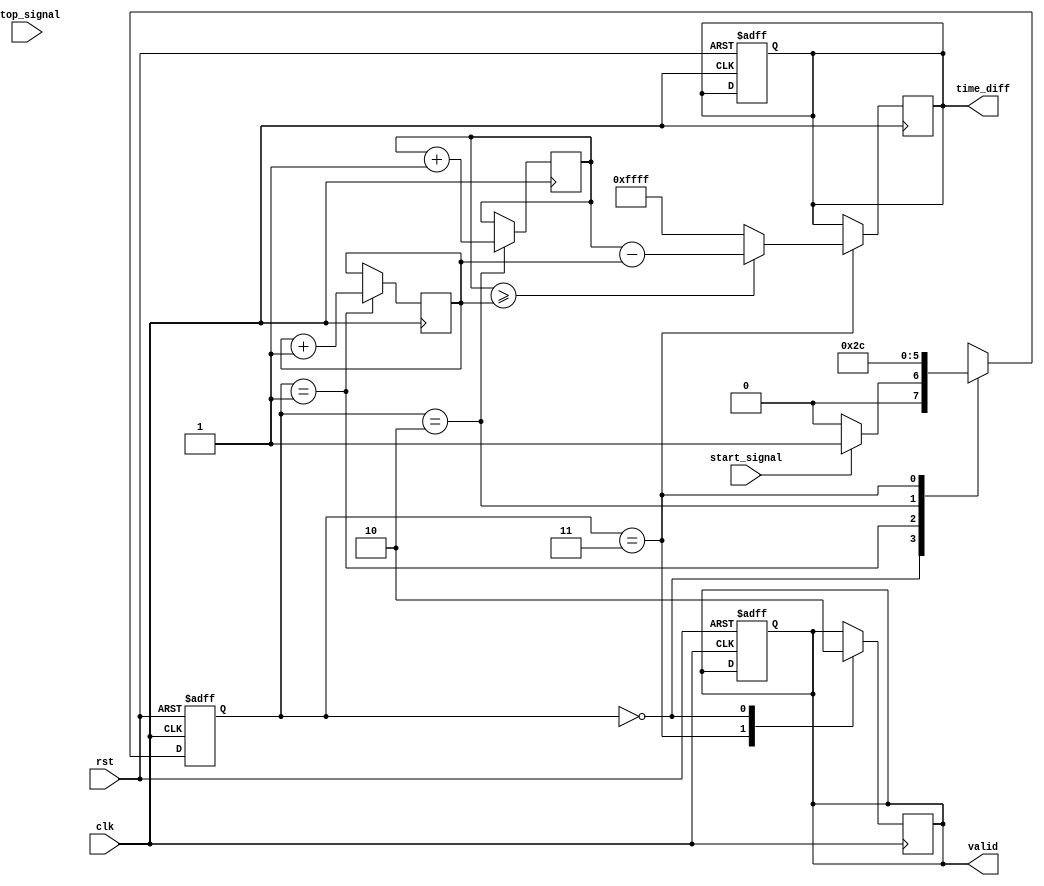
module tdc (
    input wire clk,             // Synchronized clock signal
    input wire rst,             // Reset signal
    input wire start_signal,    // Start event
    input wire stop_signal,     // Stop event
    output reg [15:0] time_diff,// Output time difference
    output reg valid            // Output valid signal
);

    reg [15:0] start_time;      // Memory for start timestamp
    reg [15:0] stop_time;       // Memory for stop timestamp
    reg capturing;              // State flag for capturing timestamps
    
    // State Machine for TDC operation
    localparam IDLE = 2'b00,
               CAPTURE_START = 2'b01,
               CAPTURE_STOP = 2'b10,
               OUTPUT = 2'b11;
    reg [1:0] state, next_state;

    // Clock-driven state machine
    always @(posedge clk or posedge rst) begin
        if (rst) begin
            state <= IDLE;
            valid <= 0;
            time_diff <= 0;
        end else begin
            state <= next_state;
        end
    end

    // State transition logic
    always @(*) begin
        case (state)
            IDLE: begin
                if (start_signal) begin
                    next_state = CAPTURE_START;
                end else begin
                    next_state = IDLE;
                end
            end
            
            CAPTURE_START: begin
                next_state = CAPTURE_STOP;
            end
            
            CAPTURE_STOP: begin
                next_state = OUTPUT;
            end
            
            OUTPUT: begin
                next_state = IDLE;
            end
            
            default: next_state = IDLE;
        endcase
    end

    // Capture timestamps and calculate time difference
    always @(posedge clk) begin
        case (state)
            CAPTURE_START: begin
                // Capture the start time (current clock cycle)
                start_time <= start_time + 1; // This is a simple increment; replace with actual timestamp logic
                capturing <= 1;
            end
            
            CAPTURE_STOP: begin
                // Capture the stop time (current clock cycle)
                stop_time <= stop_time + 1; // This is a simple increment; replace with actual timestamp logic
                capturing <= 0;
            end
            
            OUTPUT: begin
                // Calculate time difference
                if (stop_time >= start_time) begin
                    time_diff <= stop_time - start_time;
                end else begin
                    time_diff <= 16'hFFFF; // Indicate an error, overflow, or invalid measurement
                end
                valid <= 1; // Mark the output as valid
            end
            
            IDLE: begin
                valid <= 0; // Reset valid signal
            end
        endcase
    end

endmodule